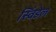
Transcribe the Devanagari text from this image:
स्विंडेल